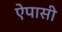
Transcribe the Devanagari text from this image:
ऐपासी